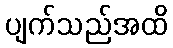
ပျက်သည်အထိ